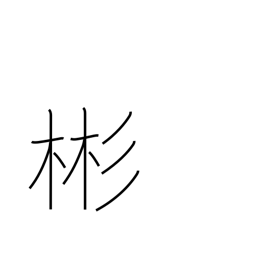
Meaning: refined